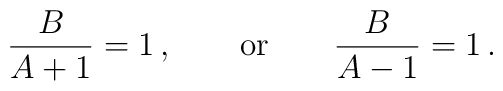
{B\over A+1} = 1\,, \qquad \mbox{or} \qquad{B\over A-1} =1\,.